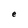
Character: e